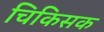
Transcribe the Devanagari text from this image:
चिकिसक